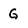
Character: G